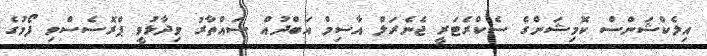
އިލެކްޝަންސް ކޮމިޝަންގެ ސެކްރެޓަރީ ޖެނެރަލް އާސިމް އަބްދުއް ސައްތާރު ވިދާޅުވީ ޕްރޮސެސްވި ފޯމުގެ